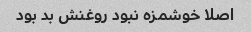
اصلا خوشمزه نبود روغنش بد بود